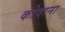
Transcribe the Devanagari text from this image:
कोवाना